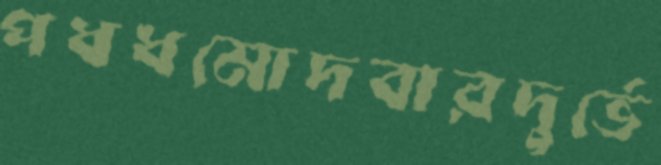
পধধমোদবারদুর্ভে